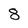
Character: 8